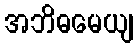
အဘိဓမေယျ